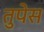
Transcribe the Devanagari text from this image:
तुपेस